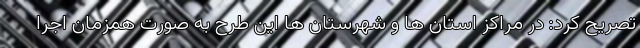
تصریح کرد: در مراکز استان ها و شهرستان ها این طرح به صورت همزمان اجرا